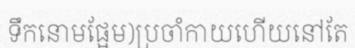
ទឹកនោមផ្អែម)ប្រចាំកាយហើយនៅតែ